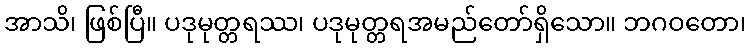
အာသိ၊ ဖြစ်ပြီ။ ပဒုမုတ္တရဿ၊ ပဒုမုတ္တရအမည်တော်ရှိသော။ ဘဂဝတော၊